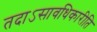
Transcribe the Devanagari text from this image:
तदाऽसावधिकारीति